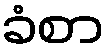
ခံစာ